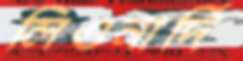
লিওনার্দি